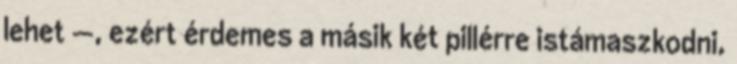
lehet —, ezért érdemes a másik két pillérre istámaszkodni,